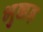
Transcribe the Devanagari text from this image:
भुक्कड़